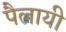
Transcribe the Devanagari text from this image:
पैलायी